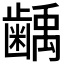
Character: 𮯌